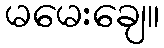
မမေးချေ။